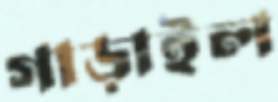
গাড়াইল